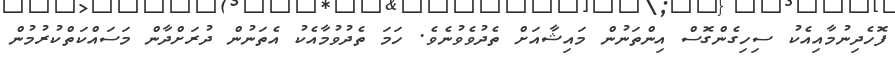
ފޮހެދިނުމާއިއެކު ސިހިގެންގޮސް އިންތަނުން މައިޝާއަށް ތެދުވެވުނެވެ. ހަަމަ ތެދުވުމާއެކު އެތަނުން ދުރަށްދާން މަސައްކަތްކުރުމުން